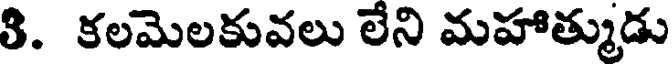
8. కలమెలకువలు లేని మహాత్ముడు